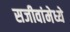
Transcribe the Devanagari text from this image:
सजीवांमेध्ये